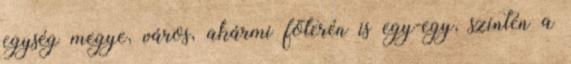
egység megye, város, akármi főterén is egy-egy, szintén a